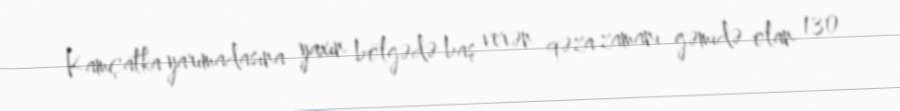
Kamçatka yarımadasına yaxın bölgədə baş verən qəza zamanı gəmidə olan 130